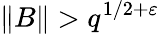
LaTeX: \| B\| >q^{1/2+\varepsilon}